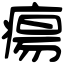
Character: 瘍